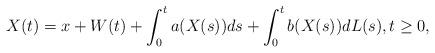
LaTeX: \begin{align*}X(t) = x + W(t) + \int_0^t a(X(s)) ds + \int_0^t b(X(s)) dL(s), t \ge 0,\end{align*}